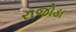
રાજોડા